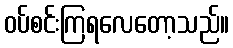
ဝပ်စင်းကြရလေတော့သည်။